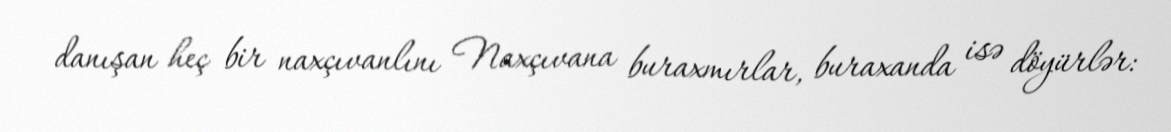
danışan heç bir naxçıvanlını Naxçıvana buraxmırlar, buraxanda isə döyürlər: